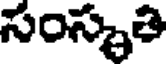
సంస్కృతి